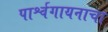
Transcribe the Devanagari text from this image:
पार्श्वगायनाचा